Report on the working of the Ranchi Indian Mental Hospital, Kanke, in Bihar and Orissa - 1930-1940
Year: 1930
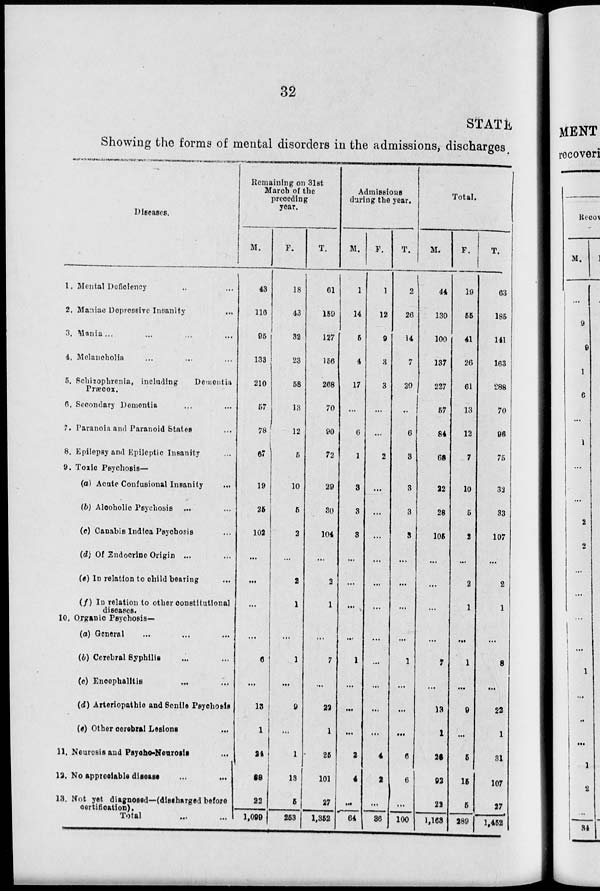
32
STATE
Showing the forms of mental disorders in the admissions, discharges.
Diseases.
1. Mental Deficiency ... ...
2. Maniac Dopressive Insanity ...
3, Mania ... ... ... ...
4. Melancholia ... ... ...
5. Schizophrenia, including
Dementia
Præcox.
6. Secondary Dementia ... ...
7. Paranoia and Paranoid States ...
8. Epilepsy and Epileptic Insanity ...
9. Toxic Psychosis—
(a) Acute Confusional Insanity ...
(b) Alcoholic Psychosis ...
(c) Canabis Indica Psychosis ...
(d) Of Endocrine Origin ...
(e) In elation to child bearing ...
(f) In relation to other constitutional
diseases.
10. Organic Psychosis—
(a) General ... ... ...
(b) Cerebral Syphilis ... ...
(c) Encephalltis ... ...
(d) Arteriopathic and Senile Psychosis
(e) Other certbral Lesions ...
11. Neurosis and Psycho-Neurosis ...
12. No apprceiable disease ... ...
13. Not yet diagnosed—(discharged before
certification).
Total ... ...
Remaining on 31st
March of the
preceding
year.
M.
43
116
95
133
210
57
78
67
19
25
102
...
...
...
...
6
...
13
1
24
88
22
1,099
F.
18
43
32
23
58
13
12
5
10
5
2
...
2
1
...
1
...
9
...
1
13
5
253
T.
61
159
127
156
268
70
90
72
29
30
104
...
2
1
...
7
...
22
1
25
101
27
1,352
Admissions
during the year.
M.
1
14
5
4
17
...
6
1
3
3
3
...
...
...
...
1
...
...
...
2
4
...
64
F.
1
12
9
3
3
...
...
2
...
...
...
...
...
...
...
...
...
...
...
4
2
...
36
T.
2
26
14
7
20
...
6
3
3
3
3
...
...
...
...
1
...
...
...
6
6
...
100
Total.
M.
44
130
100
137
227
57
84
68
22
28
105
...
...
...
...
7
...
13
1
26
92
22
1,163
F.
19
55
41
26
61
13
12
7
10
5
2
...
2
1
...
1
...
9
...
5
15
5
289
T.
63
185
141
163
288
70
96
75
32
33
107
...
2
1
...
8
...
22
1
31
107
27
1,452